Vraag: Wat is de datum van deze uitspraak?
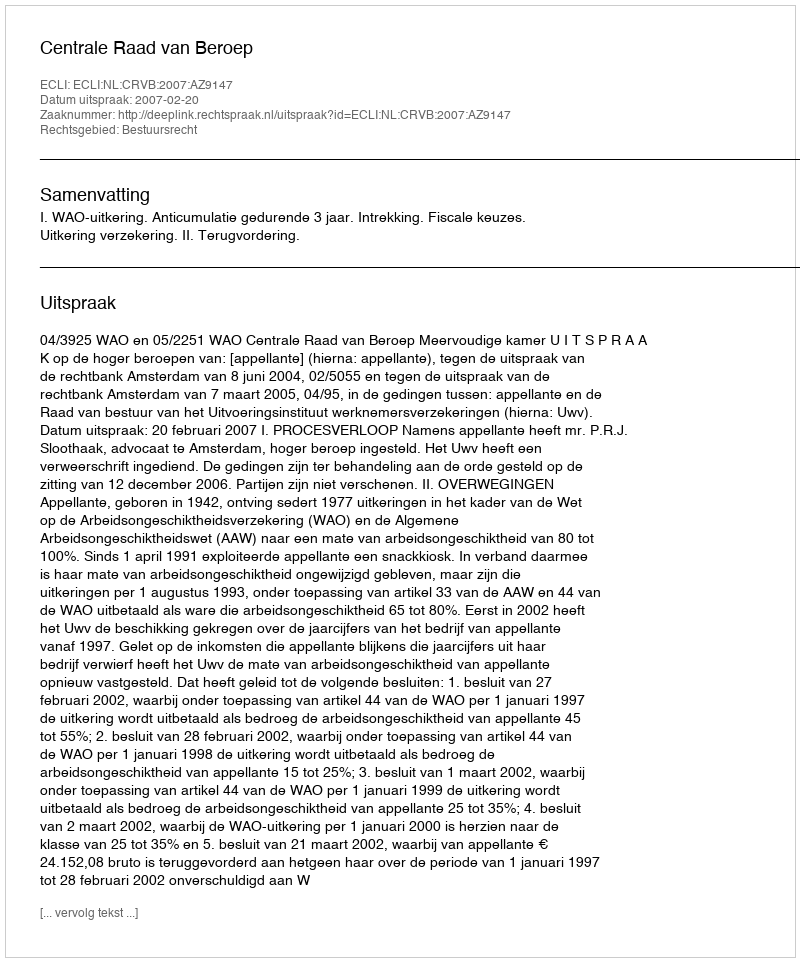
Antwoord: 2007-02-20